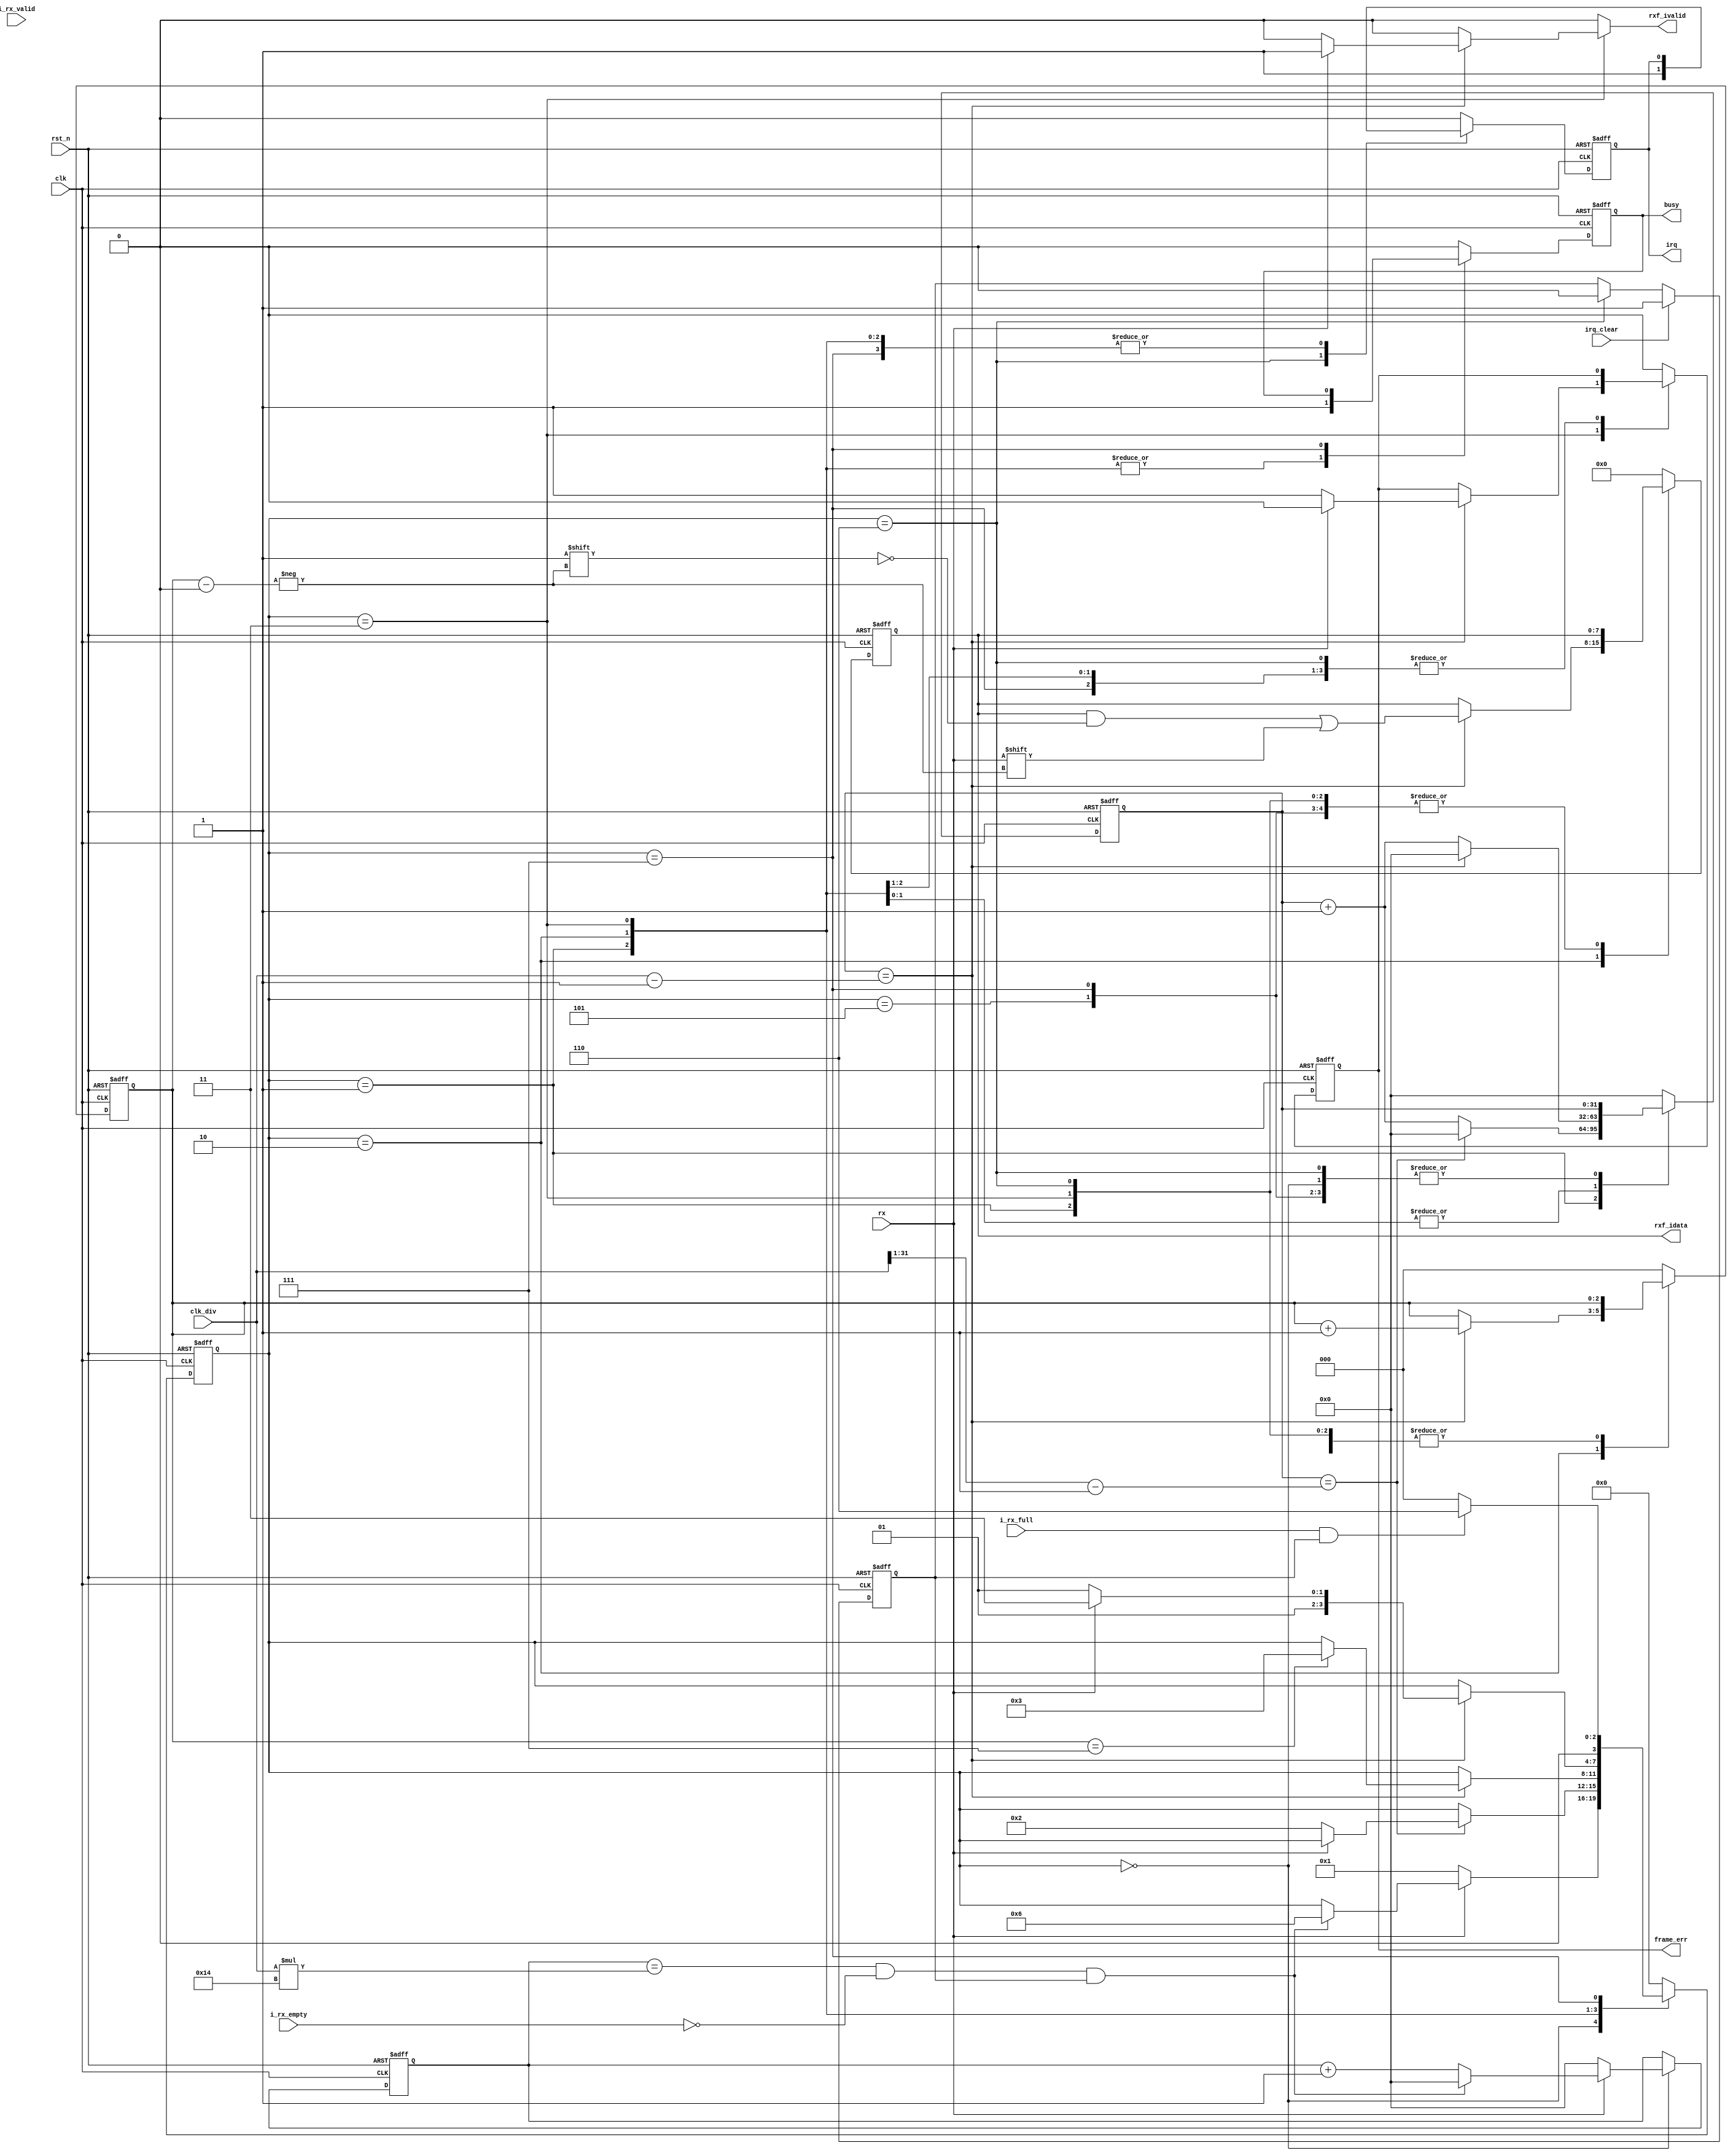
module uart_receive (
  input  wire        rst_n,
  input  wire        clk,
  input  wire [31:0] clk_div,
  input  wire        rx,
  output reg         irq,
  output reg         frame_err,
  output reg         busy,
  input  wire        i_rx_valid,
  input wire        i_rx_full,
  input wire        i_rx_empty,
  input  wire        irq_clear,
  
  // siganl to control rx fifo
  
  output wire [7:0]   rxf_idata,
  output reg         rxf_ivalid 
);

  parameter WAIT        = 4'b0000;
  parameter START_BIT   = 4'b0001;
  parameter GET_DATA    = 4'b0010;
  parameter STOP_BIT    = 4'b0011;
  parameter WAIT_READ   = 4'b0100;
  parameter FRAME_ERR   = 4'b0101;
  parameter IRQ         = 4'b0110;
  parameter FIFO   = 4'b0111;

  wire [31:0] WAIT_IRQ = clk_div * 20;
  
  reg [3:0] state_w, state_r;

  reg [31:0] clk_cnt_w, clk_cnt_r;

  reg [2:0] rx_index_w, rx_index_r;

  reg irq_w;
  reg frame_err_w;
  reg busy_w;
  reg [7:0] rx_data_w, rx_data_r;

  reg [31:0] wait_cnt_w, wait_cnt_r;

  reg irq_en_w, irq_en_r;

assign rxf_idata = rx_data_r;

always @(*) begin
  state_w     = state_r;
  clk_cnt_w   = clk_cnt_r;
  rx_index_w  = rx_index_r;
  irq_w       = irq;
  rx_data_w   = rx_data_r;
  frame_err_w = frame_err;
  busy_w      = busy;
  rxf_ivalid = 1'b0;
  wait_cnt_w  = wait_cnt_r;
  
  case(state_r)
    WAIT: begin
      irq_w = 1'b0;
      frame_err_w = 1'b0;
      busy_w = 1'b0;
      rx_data_w = 8'b0;
      wait_cnt_w = wait_cnt_r + 1;
      if(rx == 1'b0) begin // Start bit detected
        state_w = START_BIT;
        wait_cnt_w = 32'h0000_0000;
      end

      else if (wait_cnt_r == WAIT_IRQ && !i_rx_empty && irq_en_r) begin
        state_w = IRQ;
        wait_cnt_w = 32'h0000_0000;
      end
    end
    START_BIT: begin
      // Check middle of start bit to make sure it's still low
      if(clk_cnt_r == ((clk_div >> 1) - 1)) begin
        clk_cnt_w = 32'h0000_0000;
        if(rx == 1'b0) begin
          state_w = GET_DATA;
        end
      end else begin
        clk_cnt_w = clk_cnt_r + 32'h0000_0001;
      end
      busy_w = 1'b1;
    end
    GET_DATA: begin
      if(clk_cnt_r == (clk_div - 1)) begin
        clk_cnt_w = 32'h0000_0000;
        if(rx_index_r == 3'b111) begin
          state_w = STOP_BIT;
        end
        rx_index_w = rx_index_r + 3'b001;
        rx_data_w[rx_index_r] = rx;
      end else begin
        clk_cnt_w = clk_cnt_r + 32'h0000_0001;
      end
      busy_w = 1'b1;
    end
    STOP_BIT: begin
      // Receive Stop bit.  Stop bit = 1
      if(clk_cnt_r == (clk_div - 1)) begin
        clk_cnt_w = 32'h0000_0000;
        if(rx == 1'b1) begin
          state_w = FIFO;//WAIT_READ;
          frame_err_w = 1'b0;
          rx_data_w  = rx_data_r;
          rxf_ivalid = 1'b1;
        end else begin
          state_w = FRAME_ERR;
          frame_err_w = 1'b1;
        end
      end else begin
        clk_cnt_w = clk_cnt_r + 32'h0000_0001;
      end
      busy_w = 1'b1;
    end
    IRQ:begin
      irq_w = 1'b1;
      state_w = WAIT;
      busy_w = 1'b0;
    end
    FIFO:begin
      if(i_rx_full && irq_en_r) begin
        state_w = IRQ;
      end
      else begin
        state_w = WAIT;
      end
    end
    FRAME_ERR:begin
        state_w = WAIT;
        irq_w = 0;
        frame_err_w = 0;
        busy_w = 1'b0;
    end
    default: begin
      state_w     = WAIT;
      clk_cnt_w   = 32'h0000_0000;
      rx_index_w  = 3'b000;
      irq_w       = 1'b0;
      rx_data_w   = 8'h0;
      frame_err_w = 1'b0;
      busy_w      = 1'b0;
    end
  endcase
end

always @(*) begin
  irq_en_w = irq_en_r;
  if(state_r == IRQ) begin
    irq_en_w = 1'b0;
  end 

  if (irq_clear == 1'b1) begin
    irq_en_w = 1'b1;
  end
end

  always @(posedge clk or negedge rst_n) begin
    if(!rst_n) begin
      state_r     <= WAIT;
      clk_cnt_r   <= 32'h0000_0000;
      rx_index_r  <= 3'b000;
      irq       <= 1'b0;
      frame_err <= 1'b0;
      rx_data_r   <= 8'h0;
      busy      <= 1'b0;
      wait_cnt_r  <= 32'h0000_0000;
      irq_en_r    <= 1'b1;
    end else begin
      state_r     <= state_w;
      clk_cnt_r   <= clk_cnt_w;
      rx_index_r  <= rx_index_w;
      irq         <= irq_w;
      rx_data_r     <= rx_data_w;
      frame_err   <= frame_err_w;
      busy        <= busy_w;
      wait_cnt_r  <= wait_cnt_w;
      irq_en_r    <= irq_en_w;
    end
    end

endmodule